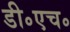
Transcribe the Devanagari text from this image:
डी॰एच॰